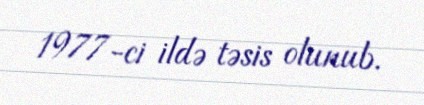
1977-ci ildə təsis olunub.